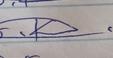
Signature authenticity: genuine